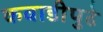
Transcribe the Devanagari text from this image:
कवाडीपुढे